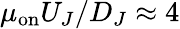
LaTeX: \mu_{\mathrm{on}}U_{J}/D_{J}\approx 4